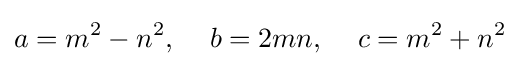
a=m^{2}-n^{2},\quad \,b=2mn,\quad \,c=m^{2}+n^{2}